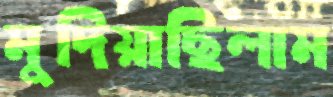
মুদিয়াছিলাম